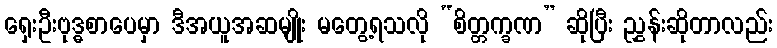
ရှေးဦးဗုဒ္ဓစာပေမှာ ဒီအယူအဆမျိုး မတွေ့ရသလို “စိတ္တက္ခဏ” ဆိုပြီး ညွှန်းဆိုတာလည်း